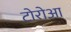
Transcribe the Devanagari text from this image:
टोरोआ